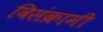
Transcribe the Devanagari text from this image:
विसंक्रामी